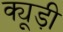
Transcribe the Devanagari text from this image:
क्यूड़ी